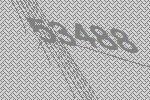
53488